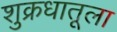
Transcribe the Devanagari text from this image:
शुक्रधातूला